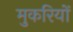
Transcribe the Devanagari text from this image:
मुकरियों